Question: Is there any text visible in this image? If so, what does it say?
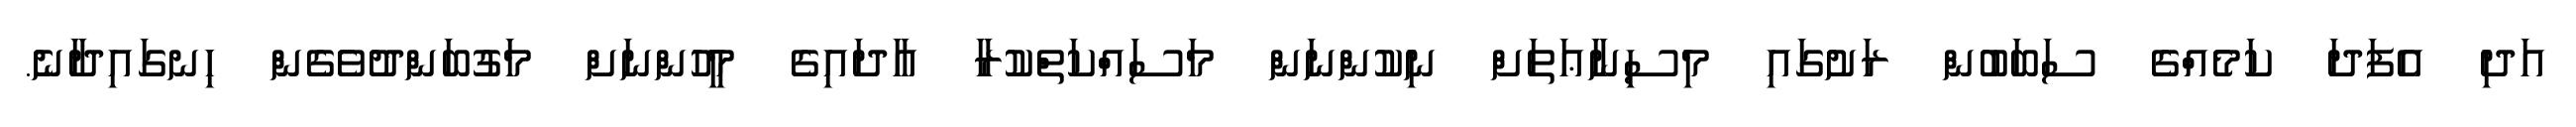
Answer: އަދި އެފަދަ ކަމެއްގެ ސަބަބުން ރަށުގައި މިސިނާޢަތަށް ނިކުންނަން މަސައްކަތްކުރާ އާދައިގެ މީހުންނަށް މަގުބަންދުވެގެން ހިނގައިދާނެ.